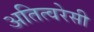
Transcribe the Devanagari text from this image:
अतित्वरेसी